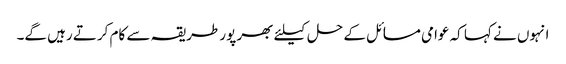
انہوں نے کہا کہ عوامی مسائل کے حل کیلئے بھر پور طریقہ سے کام کرتے رہیں گے۔